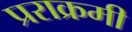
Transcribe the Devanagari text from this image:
प्रराक्रमी